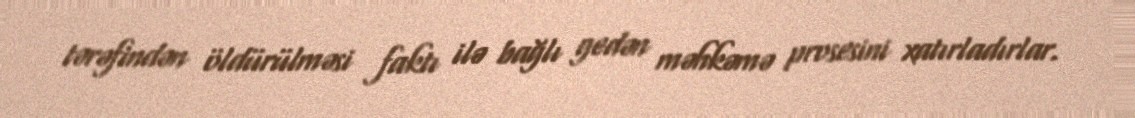
tərəfindən öldürülməsi faktı ilə bağlı gedən məhkəmə prosesini xatırladırlar.